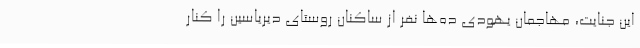
این جنایت، مهاجمان یهودی ده‌ها نفر از ساکنان روستای دیریاسین را کنار